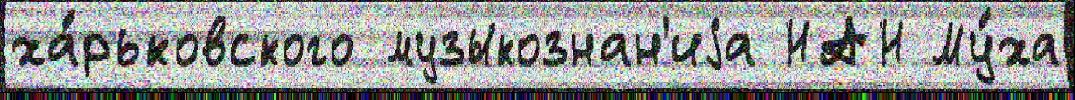
ха́рьковского музыкознан'иjа НАН Му́ха